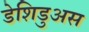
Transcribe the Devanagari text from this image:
डेशिडुअस